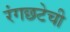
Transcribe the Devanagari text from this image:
रंगछटेची